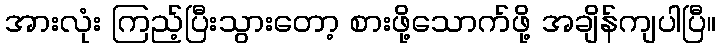
အားလုံး ကြည့်ပြီးသွားတော့ စားဖို့သောက်ဖို့ အချိန်ကျပါပြီ။